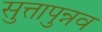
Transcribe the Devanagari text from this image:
सुत्तापुन्नव